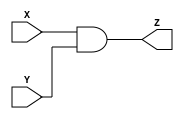
`timescale 1ns/1ns
//1.Declaracion de Moudlo y Puertos I/0
module MAnd(
	input X,
	input Y,
	output Z
);
//2.Declaracion de seniales o Reg 
//NA

//3.cuerpo del Modulo
         //asgnacion continua
assign Z = X & Y;

endmodule